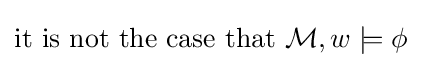
{\textrm {it~is~not~the~case~that~}}{\mathcal {M}},w\models \phi